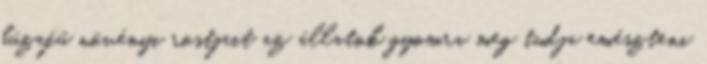
búzafű növényi rostjait az állatok gyomra meg tudja emészteni